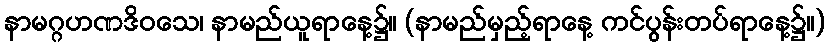
နာမဂ္ဂဟဏဒိဝသေ၊ နာမည်ယူရာနေ့၌။ (နာမည်မှည့်ရာနေ့ ကင်ပွန်းတပ်ရာနေ့၌။)